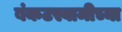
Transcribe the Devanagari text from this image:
बंकटस्वामीच्या